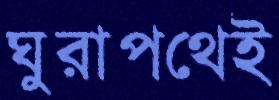
ঘুরাপথেই